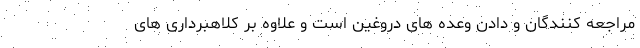
مراجعه کنندگان و دادن وعده های دروغین است و علاوه بر کلاهبرداری های